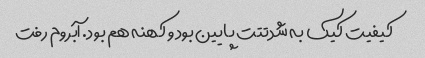
کیفیت کیک به شدتتت پایین بود و کهنه هم بود. آبروم رفت